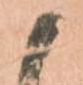
候